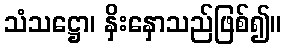
သံသဋ္ဌော၊ နှိးနှောသည်ဖြစ်၍။